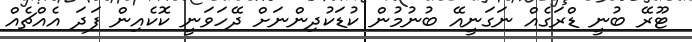
ޓޫރޭ ބުނީ ޑްރަގެއް ނަގަނީއޭ ބުނުމުން ކުޑަކުދިންނަށް ދޭހަވަނީ ކޮކެއިން ފަދަ އެއްޗެއް